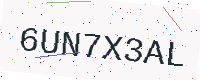
Text: 6UN7X3AL